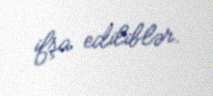
ifşa ediliblər.